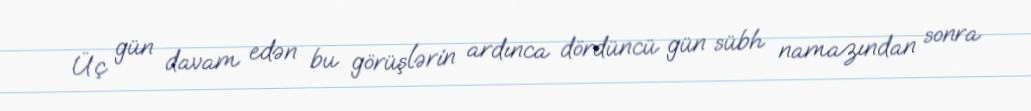
Üç gün davam edən bu görüşlərin ardınca dördüncü gün sübh namazından sonra